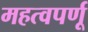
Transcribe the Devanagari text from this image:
महत्वपर्णू